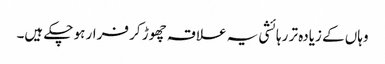
وہاں کے زیادہ تر رہائشی یہ علاقہ چھوڑ کر فرار ہو چکے ہیں۔